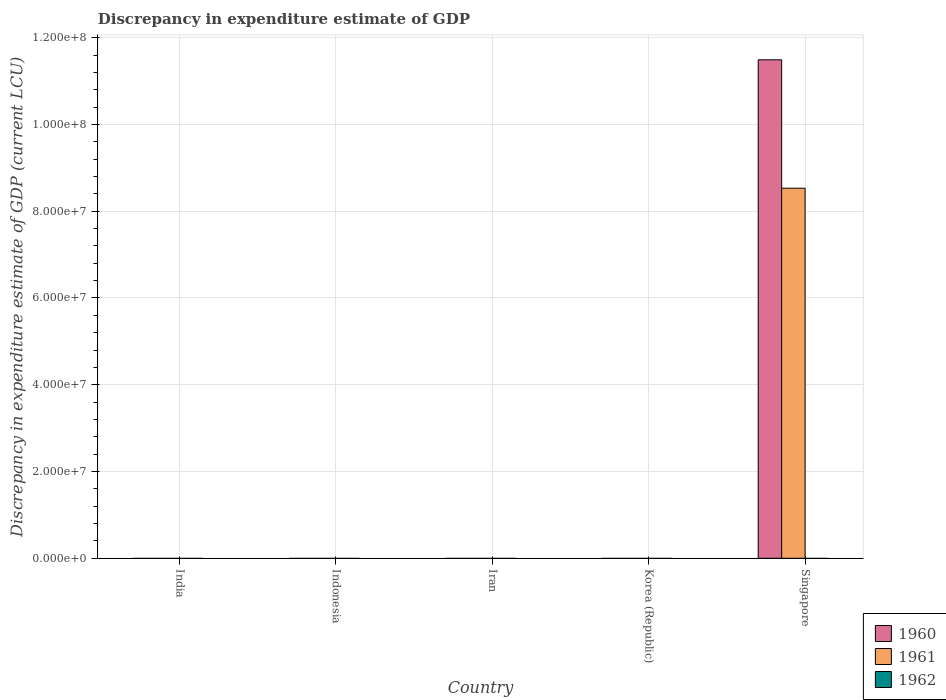
| Country | 1960 | 1961 | 1962 |
 | --- | --- | --- | --- |
 | India | -1.39e+10 | -1.51e+10 | -1.57e+10 |
 | Indonesia | -5.98e+06 | -5.13e+06 | -7.9e+06 |
 | Iran | -4.44e+10 | -4.48e+10 | -4.79e+10 |
 | Korea (Republic) | -4.22e+08 | -3.24e+08 | -4.47e+08 |
 | Singapore | 1.15e+08 | 8.53e+07 | -4.22e+07 |